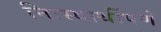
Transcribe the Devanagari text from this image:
निःस्वार्थीपणे